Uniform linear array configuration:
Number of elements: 48
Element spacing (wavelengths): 1
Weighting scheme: uniform
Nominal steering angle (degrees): -15
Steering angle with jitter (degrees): -16.982
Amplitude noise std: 0.05
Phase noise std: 0.05

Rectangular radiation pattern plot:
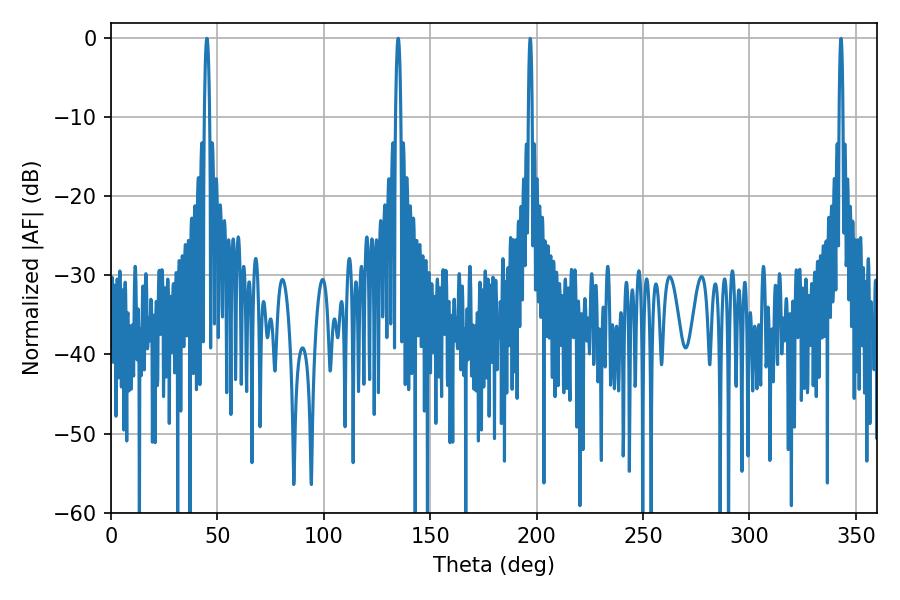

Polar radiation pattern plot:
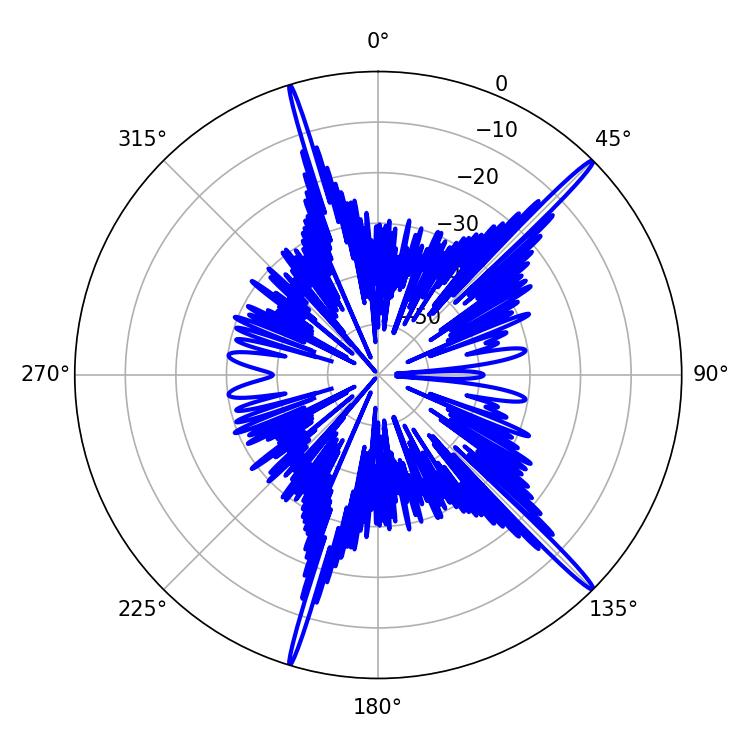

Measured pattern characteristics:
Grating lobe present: TRUE
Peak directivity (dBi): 18.416
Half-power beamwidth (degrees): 1.26
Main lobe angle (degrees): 135